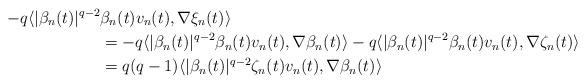
LaTeX: \begin{align*}-q\langle |\beta_n(t)|^{q-2}&\beta_n(t)v_n(t), \nabla \xi_n(t)\rangle \\&=-q\langle |\beta_n(t)|^{q-2}\beta_n(t)v_n(t), \nabla \beta_n(t)\rangle-q\langle |\beta_n(t)|^{q-2}\beta_n(t)v_n(t), \nabla \zeta_n(t)\rangle\\&=q{(q-1)}\langle |\beta_n(t)|^{q-2}\zeta_n(t)v_n(t), \nabla \beta_n(t)\rangle\end{align*}